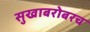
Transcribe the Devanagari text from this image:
सुखाबरोबरच